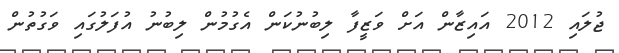
ޖުލައި 2012 އައިޒާން އަށް ވަޒީފާ ލިބުނުކަން އެގުމުން ލިބުނު އުފަލުގައި ވަގުތުން